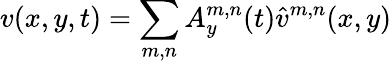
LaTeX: v(x,y,t)=\sum_{m,n}A_{y}^{m,n}(t)\hat{v}^{m,n}(x,y)